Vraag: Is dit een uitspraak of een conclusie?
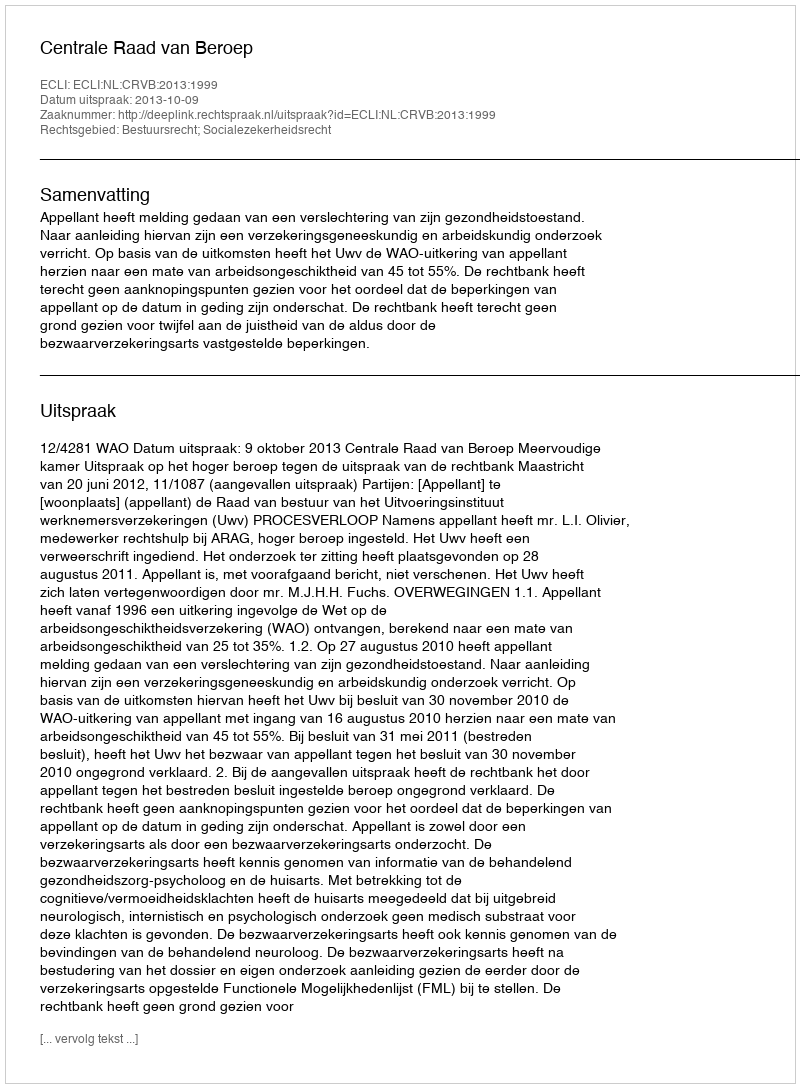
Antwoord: Uitspraak